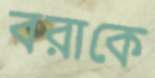
বরাকে